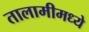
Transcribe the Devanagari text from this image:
तालामीमध्ये